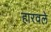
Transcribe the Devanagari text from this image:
हारवले